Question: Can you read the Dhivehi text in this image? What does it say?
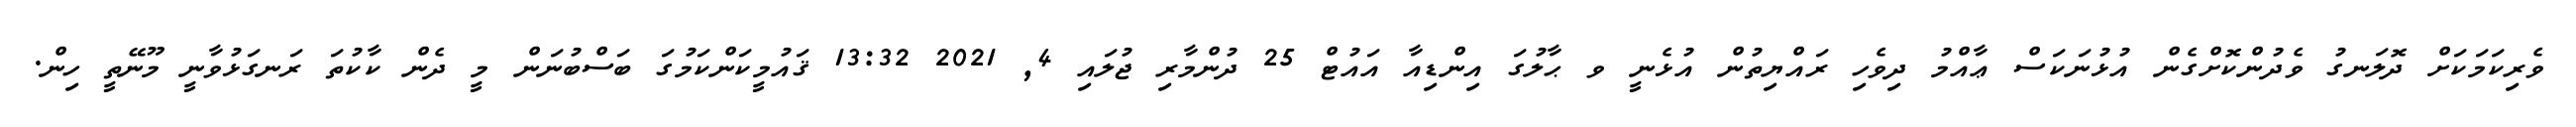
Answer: ވެރިކަމަކަށް ދޮލަނގު ވެދުންކޮށްގެން އުޅުނަކަސް ޢާއްމު ދިވެހި ރައްޔިތުން އުޅެނީ ވ ޙާލުގަ އިންޑިއާ އައުޓް 25 ދުންމާރި ޖުލައި 4, 2021 13:32 ޤައުމީކަންކަމުގަ ބަސްބުނަން މީ ދެން ކާކުތަ ރަނގަޅުވާނީ މޫނޭތީ ހިން.